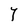
Character: Y